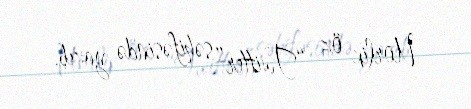
Uorlik öz “Twitter” səhifəsində yazıb.